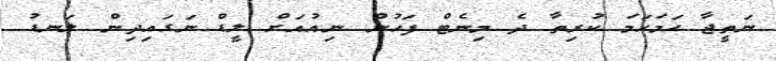
ނަތީޖާ ހަމަހަމަ ކުރިތާ ދެ މިނެޓް ފަހުން ނިއުއަށް ލީޑް ނަގައިދިން ލަނޑު